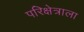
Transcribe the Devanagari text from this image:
परिक्षेत्राला